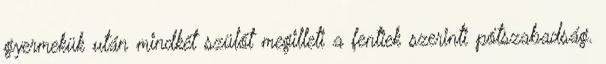
gyermekük után mindkét szülőt megilleti a fentiek szerinti pótszabadság.